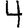
Digit: 4